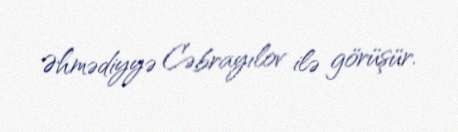
Əhmədiyyə Cəbrayılov ilə görüşür.